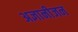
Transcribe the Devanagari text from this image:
अज्ञानीजन